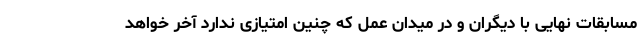
مسابقات نهایی با دیگران و در میدان عمل که چنین امتیازی ندارد آخر خواهد